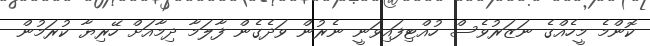
ކޮންމެ މީހެއްގެ ނަޒަރުވެސް ހުއްޓިފައިވަނީ ނެރުން ވަދެގެން ފާލަމާ ދިމާއަށް ހޭރިޔާ ކުރަމުން